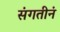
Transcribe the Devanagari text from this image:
संगतीनं